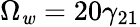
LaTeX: \Omega_{\mathit{w}}=20\gamma_{21}